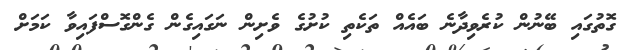
ގޮތުގައި ބޭނުން ކުރެވިދާނެ ބައެއް ތަކެތި ކުށުގެ ވެށިން ނަގައިގެން ގެންގޮސްފައިވާ ކަމަށް